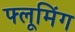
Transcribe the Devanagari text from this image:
फ्लूमिंग